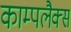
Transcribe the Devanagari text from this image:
काम्पलैक्स